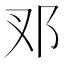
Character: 𨙳